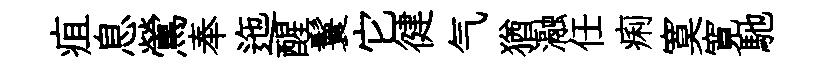
疽息鶯奉迤醒鬟它徤气猶瀜任痢寞寛馳